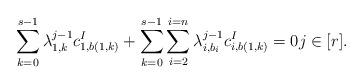
LaTeX: \begin{align*}\sum_{k = 0}^{s - 1} \lambda_{1, k}^{j - 1} c^{I}_{1, b(1, k)} + \sum_{k = 0}^{s - 1} \sum_{i = 2}^{i = n} \lambda_{i, b_{i}}^{j - 1} c^{I}_{i, b(1, k)} = 0 j \in [r].\end{align*}